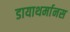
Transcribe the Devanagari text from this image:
डायाथर्मानस